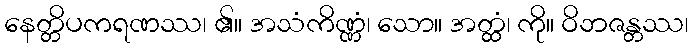
နေတ္တိပကရဏဿ၊ ၏။ အသံကိဏ္ဏံ၊ သော။ အတ္ထံ၊ ကို။ ဝိဘဇန္တဿ၊